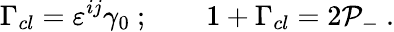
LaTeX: \Gamma_{cl}=\varepsilon^{ij}\gamma_{0}\ ;\qquad 1+\Gamma_{cl}=2{\cal P}_{-}\ .